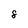
Character: 8